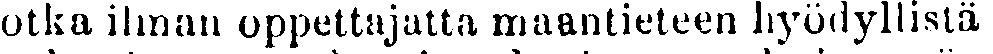
jotka ilman oppettajatta maantieteen hyödyllistä